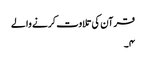
قرآن کی تلاوت کرنے والے
۴۔